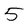
Character: 5